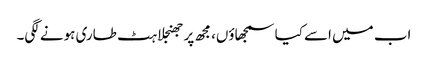
اب میں اسے کیا سمجھاؤں، مجھ پر جھنجلاہٹ طاری ہونے لگی۔